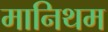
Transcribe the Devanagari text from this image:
मानिथम